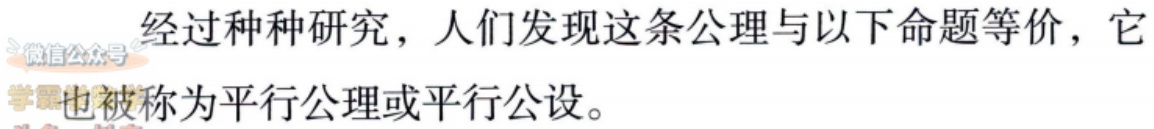
经过种种研究，人们发现这条公理与以下命题等价，它也被称为平行公理或平行公设。